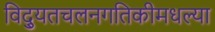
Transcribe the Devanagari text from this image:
विद्युतचलनगतिकीमधल्या